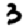
Digit: 3